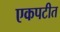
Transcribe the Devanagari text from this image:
एकपटीत